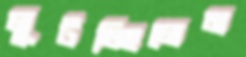
লুটচ্ছিলেন